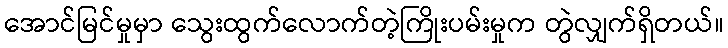
အောင်မြင်မှုမှာ သွေးထွက်လောက်တဲ့ကြိုးပမ်းမှုက တွဲလျှက်ရှိတယ်။